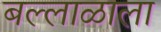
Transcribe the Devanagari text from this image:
बल्लाळाला